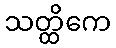
သတ္ထိကေ